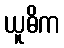
ယူဓိက